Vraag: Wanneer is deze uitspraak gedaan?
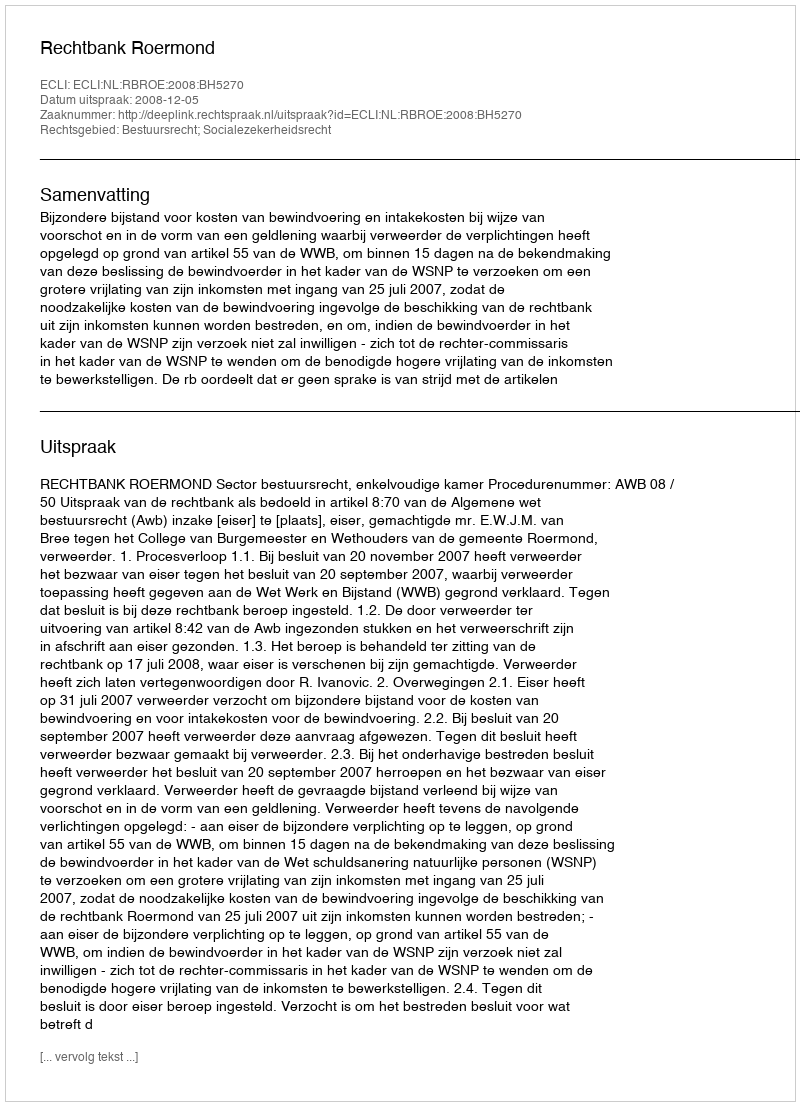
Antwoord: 2008-12-05